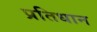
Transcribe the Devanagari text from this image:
प्रतिधान